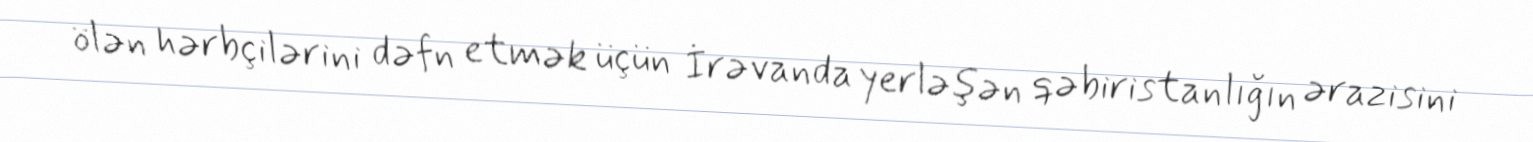
ölən hərbçilərini dəfn etmək üçün İrəvanda yerləşən qəbiristanlığın ərazisini